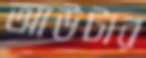
আউটার